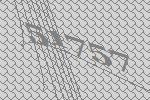
51757